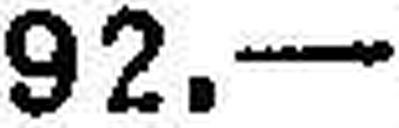
92.—